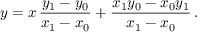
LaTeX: y = x \, { \frac { y _ { 1 } - y _ { 0 } } { x _ { 1 } - x _ { 0 } } } + { \frac { x _ { 1 } y _ { 0 } - x _ { 0 } y _ { 1 } } { x _ { 1 } - x _ { 0 } } } \, .